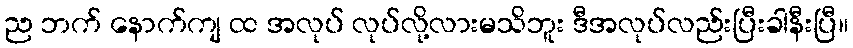
ည ဘက် နောက်ကျ ထ အလုပ် လုပ်လို့လားမသိဘူး ဒီအလုပ်လည်းပြီးခါနီးပြီ။